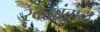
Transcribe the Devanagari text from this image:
रक्‍तबंबाळ